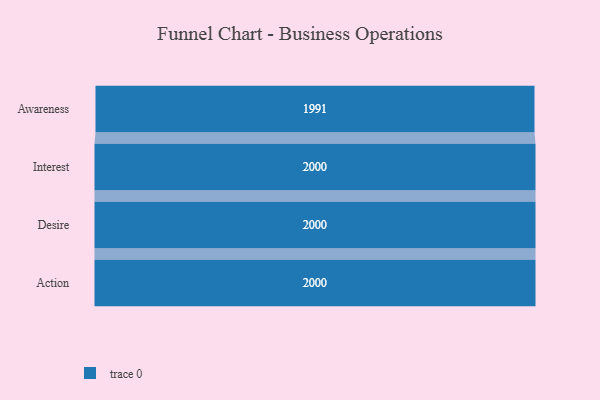
{"axis": {"x": "Stage", "y": "Value"}, "legend": [""], "data": [{"x": "Awareness", "y": 1991.0, "type": ""}, {"x": "Interest", "y": 2000, "type": ""}, {"x": "Desire", "y": 2000, "type": ""}, {"x": "Action", "y": 2000, "type": ""}]}